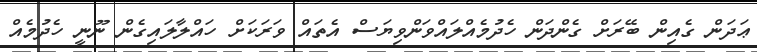
ޢަދަން ގެއިން ބޭރަށް ގެންދަން ހެދުމެއްލައްވަންވިޔަސް އެތައް ވަރަކަށް ހައްލާލައިގެން ނޫނީ ހެދުމެއް